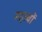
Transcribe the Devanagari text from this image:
महत्वों